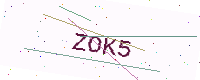
Text: ZOK5